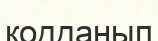
қодданып